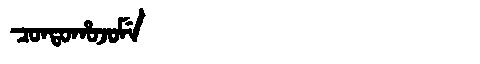
Manchu: ᠴᠣᠨᡨᠣᡥᠣᠵᠣᠮᡝ
Romanization: CONTOHOJOME